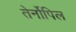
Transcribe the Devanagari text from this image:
तेर्नोपिल